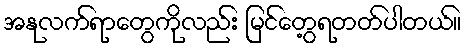
အနုလက်ရာတွေကိုလည်း မြင်တွေ့ရတတ်ပါတယ်။